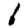
Digit: 1